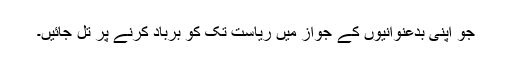
جو اپنی بدعنوانیوں کے جواز میں ریاست تک کو برباد کرنے پر تُل جائیں۔